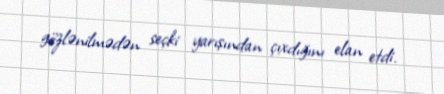
gözlənilmədən seçki yarışından çıxdığını elan etdi.